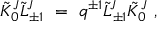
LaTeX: { \tilde { \cal K } } _ { 0 } ^ { J } { \tilde { \cal L } } _ { \pm 1 } ^ { J } \ = \ q ^ { \pm 1 } { \tilde { \cal L } } _ { \pm 1 } ^ { J } { \tilde { \cal K } } _ { 0 } ^ { J } \ ,